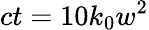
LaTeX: ct=10k_{0}w^{2}